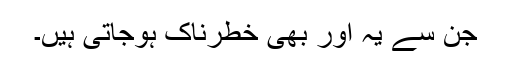
جن سے یہ اور بھی خطرناک ہوجاتی ہیں۔